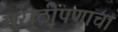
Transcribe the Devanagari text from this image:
मराठीपणाचा